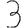
Digit: 3